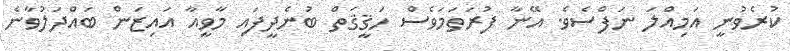
ކުރެވުނީ އަމިއްލަ ނަފްސެވެ. އޭނާ ފުރަތަމަވެސް ހަޤީޤަތް ބުނެދީފައި މާވީއާ އައިޒަން ބައްދަލުވާނެ